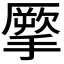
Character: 𢴺